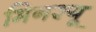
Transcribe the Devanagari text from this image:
मिनश्यू